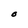
Character: O